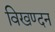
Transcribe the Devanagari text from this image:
विखण्दन